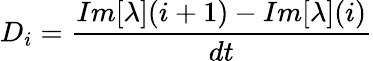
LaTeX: D_{i}=\frac{Im[\lambda](i+1)-Im[\lambda](i)}{dt}